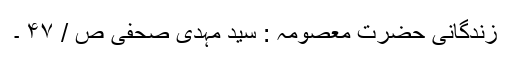
زندگانی حضرت معصومہ : سید مہدی صحفی ص / ۴۷ ۔